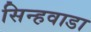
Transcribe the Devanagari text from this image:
सिन्हवाडा